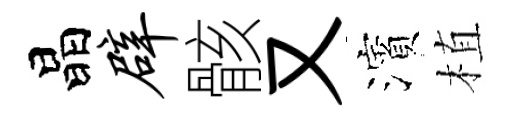
晶辟骸又濱植